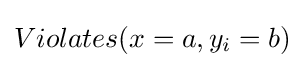
Violates(x=a,y_{i}=b)